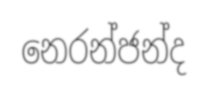
නෙරන්ජන්ද